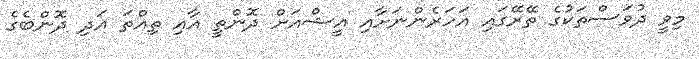
މިވީ ދުވަސްތަކުގެ ތޭރޭގައި އަހަރެންނަށާއި އީޝްއަށް ދޮންތީ އާއި ތިއްތަ އަދި ދޮންބެގެ